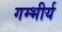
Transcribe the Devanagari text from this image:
गम्भीर्य